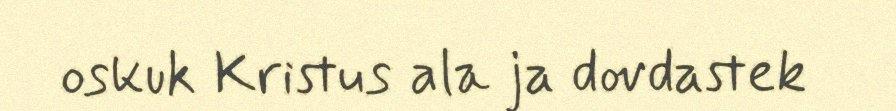
oskuk Kristus ala ja dovdastek